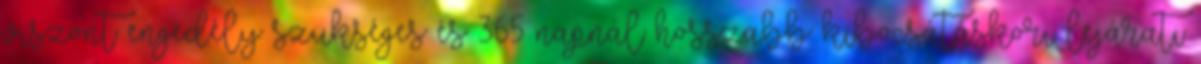
viszont engedély szükséges és 365 napnál hosszabb kibocsátáskori lejárati